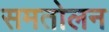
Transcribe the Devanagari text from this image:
समतोलन